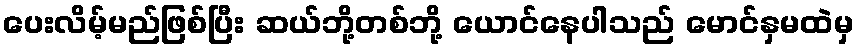
ပေးလိမ့်မည်ဖြစ်ပြီး ဆယ်ဘို့တစ်ဘို့ ယောင်နေပါသည် မောင်နှမထဲမှ